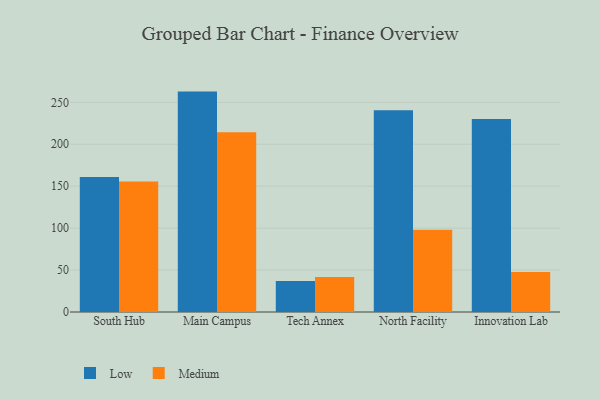
{"axis": {"x": "Campus", "y": "Headcount"}, "legend": ["Low", "Medium"], "data": [{"x": "South Hub", "y": 160.9, "type": "Low"}, {"x": "South Hub", "y": 155.5, "type": "Medium"}, {"x": "Main Campus", "y": 262.8, "type": "Low"}, {"x": "Main Campus", "y": 214.2, "type": "Medium"}, {"x": "Tech Annex", "y": 36.9, "type": "Low"}, {"x": "Tech Annex", "y": 41.6, "type": "Medium"}, {"x": "North Facility", "y": 240.5, "type": "Low"}, {"x": "North Facility", "y": 98.2, "type": "Medium"}, {"x": "Innovation Lab", "y": 230.0, "type": "Low"}, {"x": "Innovation Lab", "y": 47.6, "type": "Medium"}]}